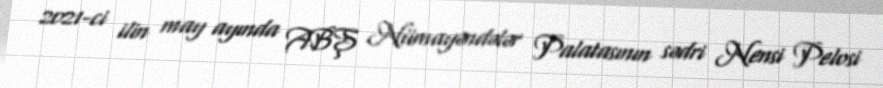
2021-ci ilin may ayında ABŞ Nümayəndələr Palatasının sədri Nensi Pelosi